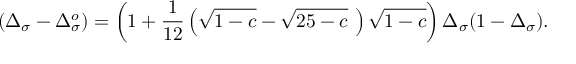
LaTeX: \protect ( \Delta _ { \sigma } - \Delta _ { \sigma } ^ { o } ) = \left( 1 + { \frac { 1 } { 1 2 } } \left( \sqrt { 1 - c } - \sqrt { 2 5 - c } ~ \right) \sqrt { 1 - c } \right) \Delta _ { \sigma } ( 1 - \Delta _ { \sigma } ) .